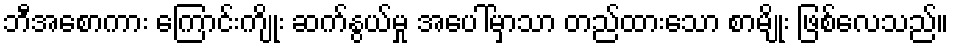
ဘီအေစာကား ကြောင်းကျိုး ဆက်နွယ်မှု အပေါ်မှာသာ တည်ထားသော စာမျိုး ဖြစ်လေသည်။